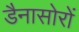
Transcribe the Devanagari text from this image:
डैनासोरों